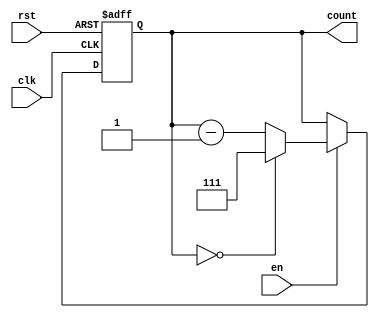
module binary_down_counter #(
    parameter N = 3 // Number of bits for the counter
)(
    input wire clk,    // Clock input
    input wire rst,    // Asynchronous reset
    input wire en,     // Enable signal
    output reg [N-1:0] count // Output count
);

    // Maximum value for N-bit counter
    localparam MAX_COUNT = (1 << N) - 1; // 2^N - 1

    // Sequential logic for the counter
    always @(posedge clk or posedge rst) begin
        if (rst) begin
            // Reset the counter to maximum value
            count <= MAX_COUNT;
        end else if (en) begin
            // Decrement the counter
            if (count == 0) begin
                count <= MAX_COUNT; // Wrap around to maximum value
            end else begin
                count <= count - 1;
            end
        end
        // If enable is low, retain the current value
    end

endmodule